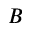
B